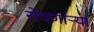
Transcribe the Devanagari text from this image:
रोवणार्‍या